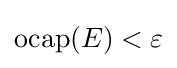
\operatorname {ocap} (\textstyle E)<\varepsilon